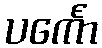
ပင်္ကော